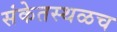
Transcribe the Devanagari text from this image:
संकेतस्थळच